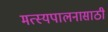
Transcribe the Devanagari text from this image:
मत्‍स्यपालनासाठी